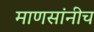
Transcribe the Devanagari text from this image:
माणसांनीच